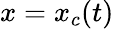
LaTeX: x=x_{c}(t)